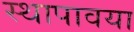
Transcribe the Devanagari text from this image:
स्थापावया